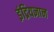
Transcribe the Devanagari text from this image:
इंद्रियज्ञान